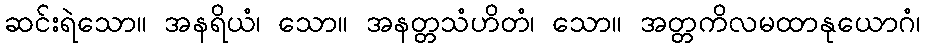
ဆင်းရဲသော။ အနရိယံ၊ သော။ အနတ္တသံဟိတံ၊ သော။ အတ္တကိလမထာနုယောဂံ၊